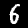
Label: 6